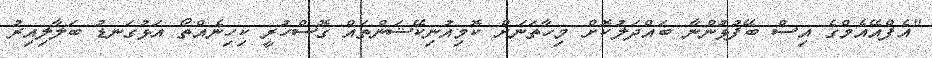
"އެފްއޭއެމްގެ އިސް ބޭފުޅުންނާ ބައްދަލުކޮށް މިހާތަނަށް ކޮމިއުނިކޭޝަންތައް ގޮސްހުރީ ކިހިނެއްތޯ އަޅުގަނޑު ބަލާލިއިރު